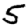
Digit: 5